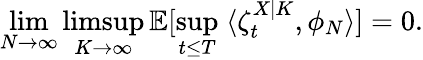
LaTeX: \operatorname*{lim}_{N\to\infty}\operatorname*{limsup}_{K\to\infty}\mathbb{E}[\operatorname*{sup}_{t\leq T}\; \langle\zeta_{t}^{X|K},\phi_{N}\rangle]=0.